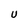
Character: U